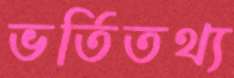
ভর্তিতথ্য